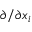
\partial / \partial x _ { i }